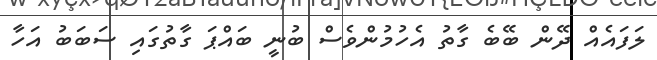
ލަފައެއް ދޭން ބޭބެ ގާތު އެހުމުންވެސް ބުނީ ބައްޕަ ގާތުގައި ސަބަބު އަހާ